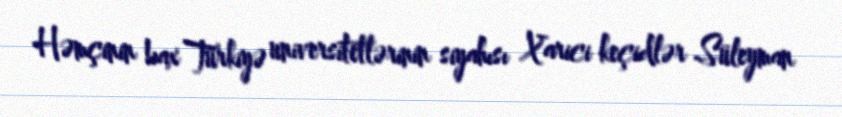
Həmçinin bax Türkiyə universitetlərinin siyahısı Xarici keçidlər Süleyman